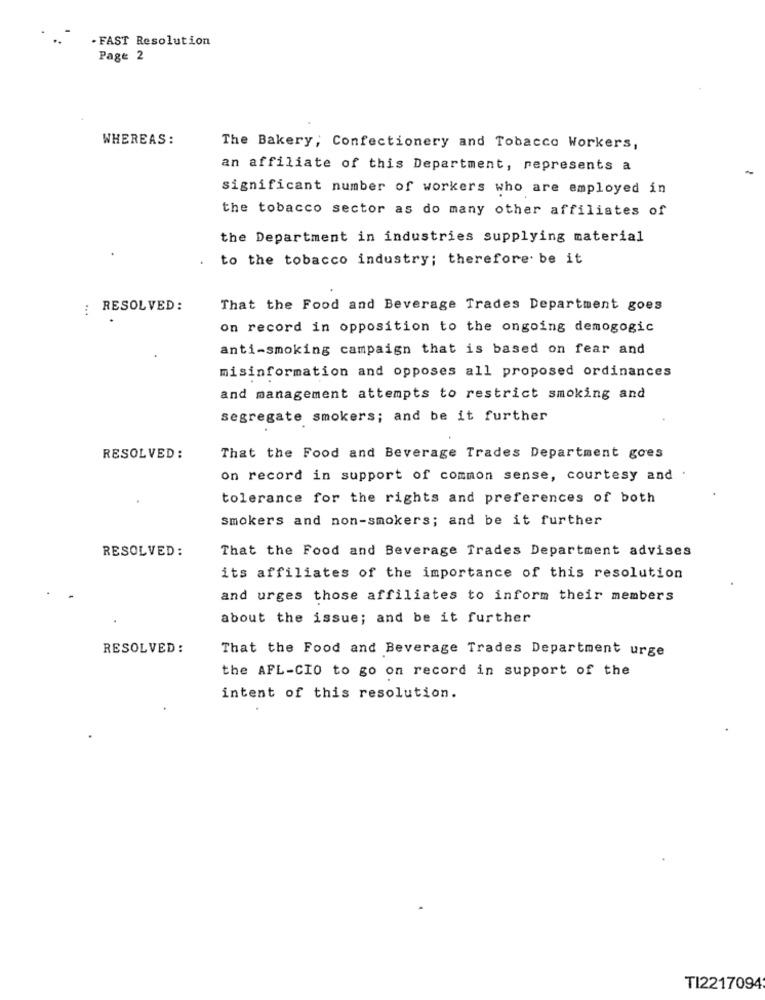
. FAST Resolution
Page 2
WHEREAS:
The Bakery; Confectionery and Tobacco Workers,
an affiliate of this Department, represents a
significant number of workers who are employed in
the tobacco sector as do many other affiliates of
the Department in industries supplying material
to the tobacco industry; therefore be it
: RESOLVED:
That the Food and Beverage Trades Department goes
on record in opposition to the ongoing demogogic
anti-smoking campaign that is based on fear and
misinformation and opposes all proposed ordinances
and management attempts to restrict smoking and
segregate smokers; and be it further
RESOLVED :
That the Food and Beverage Trades Department goes
on record in support of common sense, courtesy and
tolerance for the rights and preferences of both
smokers and non-smokers; and be it further
RESOLVED:
That the Food and Beverage Trades Department advises
its affiliates of the importance of this resolution
and urges those affiliates to inform their members
about the issue; and be it further
RESOLVED :
That the Food and Beverage Trades Department urge
the AFL-CIO to go on record in support of the
intent of this resolution.
TI2217094